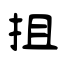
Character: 抯